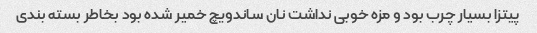
پیتزا بسیار چرب بود و مزه خوبی نداشت نان ساندویچ خمیر شده بود بخاطر بسته بندی